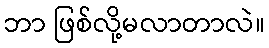
ဘာ ဖြစ်လို့မလာတာလဲ။